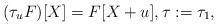
LaTeX: \begin{align*}(\tau_u F)[X] = F[X+u],\tau:=\tau_1,\end{align*}